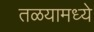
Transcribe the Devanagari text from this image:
तळयामध्ये